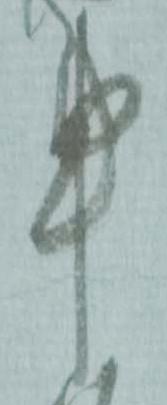
申